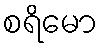
စရိမော